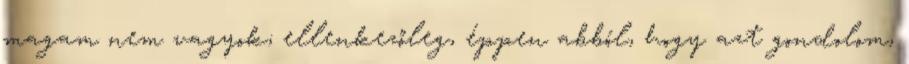
magam nem vagyok; ellenkezőleg, éppen abból, hogy azt gondolom,